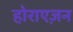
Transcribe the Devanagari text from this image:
होराएज़न